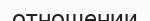
отношении